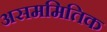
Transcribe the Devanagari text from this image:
असममितिक